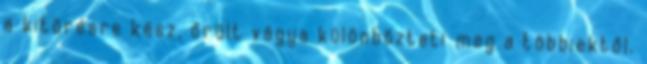
a kitörésre kész, őrült vágya különbözteti meg a többiektől.